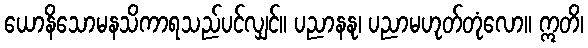
ယောနိသောမနသိကာရသည်ပင်လျှင်။ ပညာနနု၊ ပညာမဟုတ်တုံလော။ ဣတိ၊